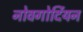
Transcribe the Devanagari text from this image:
नोवगोर्दियन